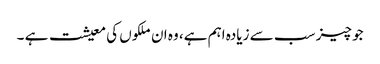
جو چیز سب سے زیادہ اہم ہے، وہ ان ملکوں کی معیشت ہے ۔